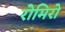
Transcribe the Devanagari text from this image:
रोमिरो